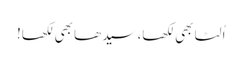
اُلٹا بھی لکھا، سیدھا بھی لکھا!